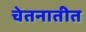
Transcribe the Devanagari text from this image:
चेतनातीत